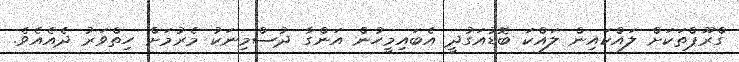
ގްރޫޕްތަކަށް ލައްކައިން ލައްކަ ބޮޑުއަގުދީ އެބައިމީހުން އަންގާ ދުސްމިނަކު މެރުމަށް ހިތްވަރު ދެއެއެވެ.